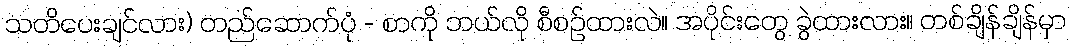
သတိပေးချင်လား) တည်ဆောက်ပုံ - စာကို ဘယ်လို စီစဉ်ထားလဲ။ အပိုင်းတွေ ခွဲထားလား။ တစ်ချိန်ချိန်မှာ